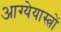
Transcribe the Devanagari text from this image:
आग्येयास्त्रों